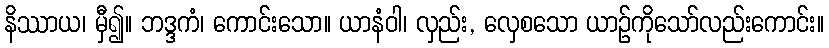
နိဿာယ၊ မှီ၍။ ဘဒ္ဒကံ၊ ကောင်းသော။ ယာနံဝါ၊ လှည်း, လှေစသော ယာဉ်ကိုသော်လည်းကောင်း။